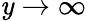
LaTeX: \mathit{y}\rightarrow\infty